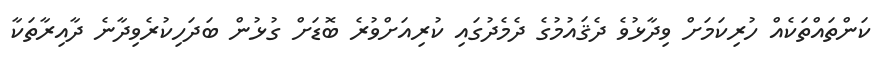
ކަންތައްތަކެއް ހުރިކަމަށް ވިދާޅުވެ ދެޤައުމުގެ ދެމެދުގައި ކުރިއަށްވުރެ ބޮޑަށް ގުޅުން ބަދަހިކުރެވިދާނެ ދާއިރާތަކާ